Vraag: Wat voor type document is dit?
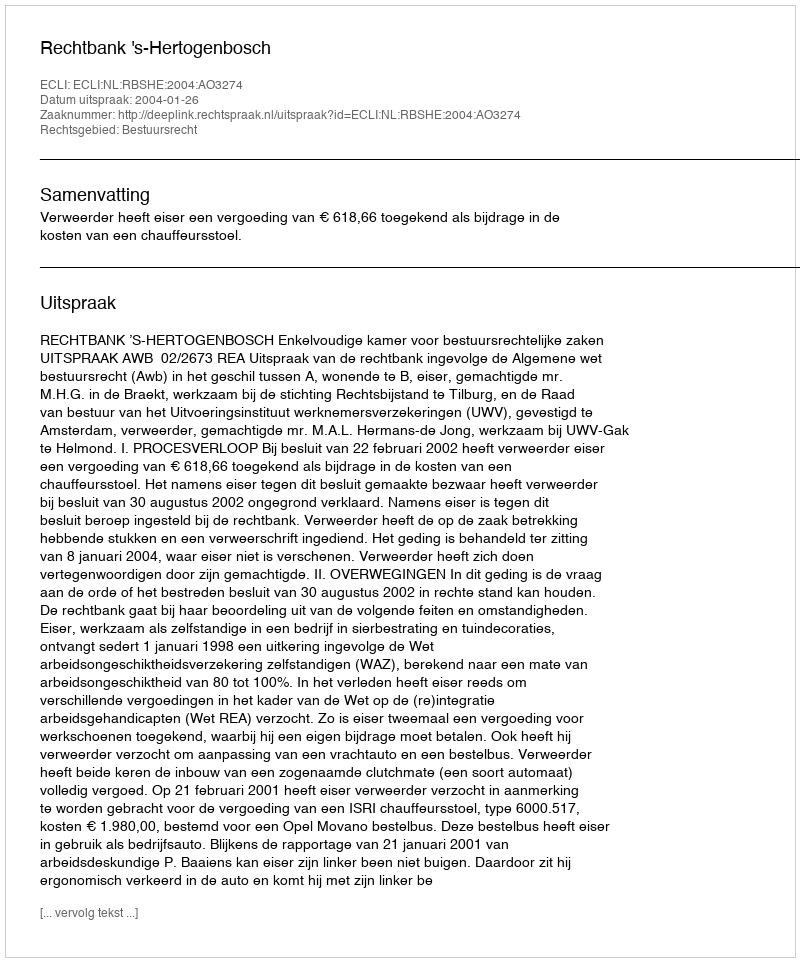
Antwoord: Uitspraak